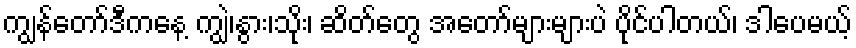
ကျွန်တော်ဒီကနေ့ ကျွဲ၊နွား၊သိုး၊ ဆိတ်တွေ အတော်များများပဲ ပိုင်ပါတယ်၊ ဒါပေမယ့်